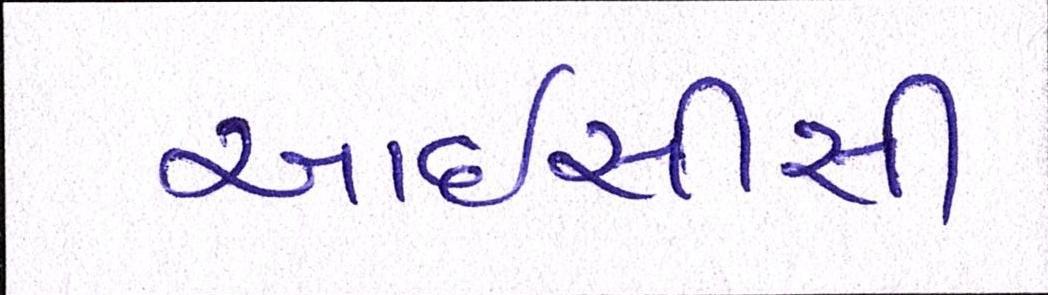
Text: આઇસીસી